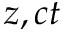
z , c t